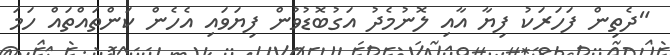
"ދެތިން ފަހަރަކު ފިޔާ އާއި ލޮނުމެދު އަގުބޮޑުވުން ފިޔަވައި އެހެން ކަންތައްތައް ހަމަ